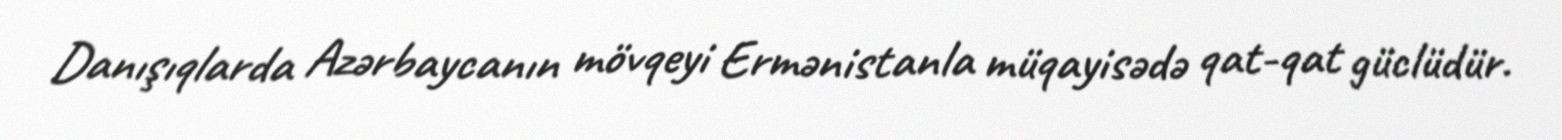
Danışıqlarda Azərbaycanın mövqeyi Ermənistanla müqayisədə qat-qat güclüdür.